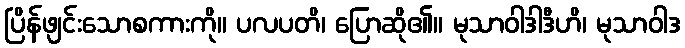
ပြိန်ဖျင်းသောစကားကို။ ပလပတိ၊ ပြောဆို၏။ မုသာဝါဒါဒီဟိ၊ မုသာဝါဒ